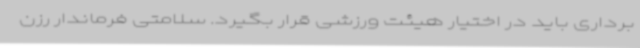
‌برداری باید در اختیار هیئت ورزشی قرار بگیرد. سلامتی فرماندار رزن